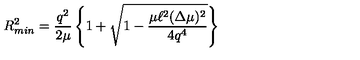
R _ { m i n } ^ { 2 } = \frac { q ^ { 2 } } { 2 \mu } \left\{ 1 + \sqrt { 1 - \frac { \mu \ell ^ { 2 } ( \Delta \mu ) ^ { 2 } } { 4 q ^ { 4 } } } \right\}